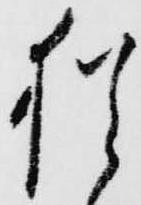
猶